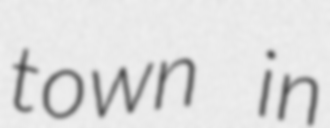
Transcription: town in